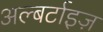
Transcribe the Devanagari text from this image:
अल्बर्टाइज़